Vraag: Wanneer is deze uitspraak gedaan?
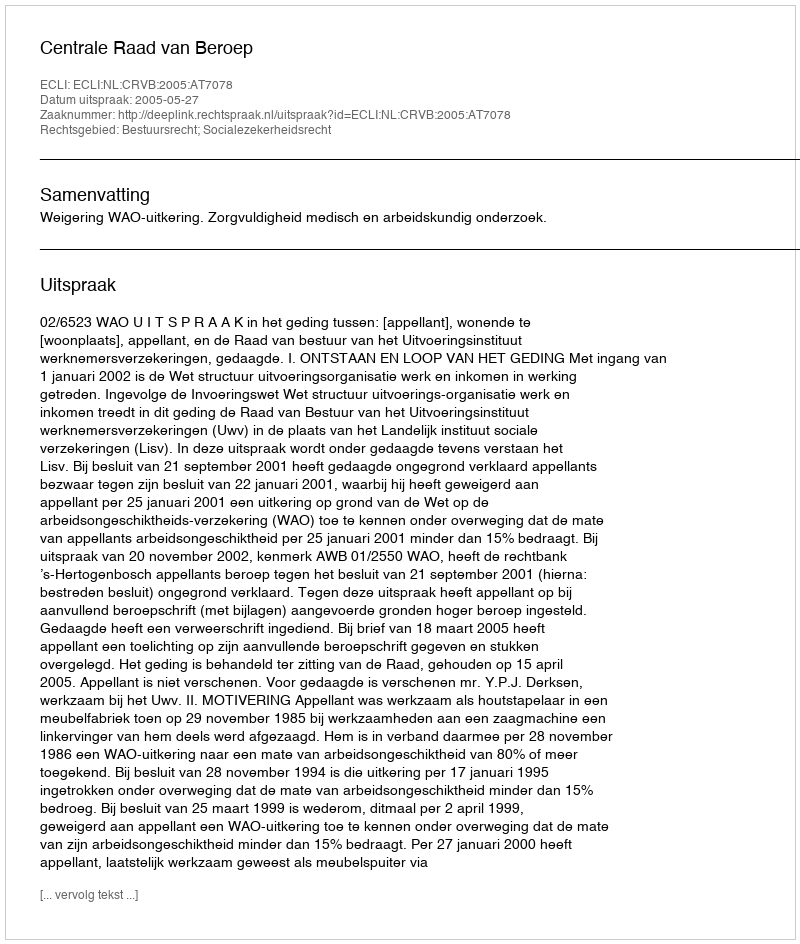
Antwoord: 2005-05-27